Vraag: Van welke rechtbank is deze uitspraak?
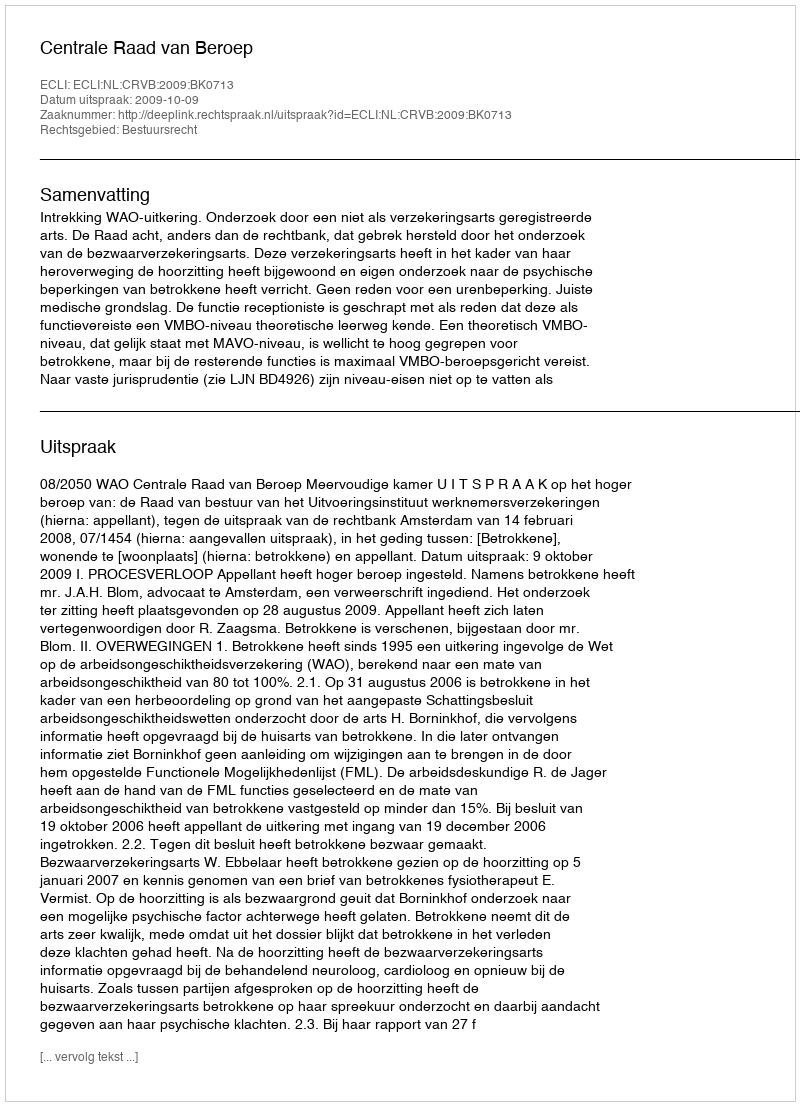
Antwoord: Centrale Raad van Beroep